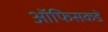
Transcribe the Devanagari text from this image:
ऑफिसकडे